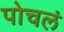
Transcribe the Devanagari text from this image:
पोचलं